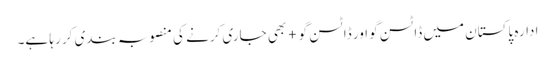
ادارہ پاکستان میں ڈاٹسن گو اور ڈاٹسن گو+ بھی جاری کرنے کی منصوبہ بندی کر رہا ہے۔